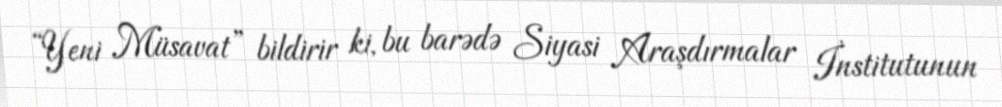
“Yeni Müsavat” bildirir ki, bu barədə Siyasi Araşdırmalar İnstitutunun